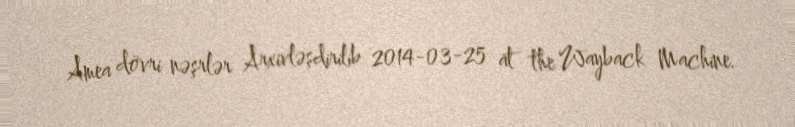
Amea dövri nəşrlər Arxivləşdirilib 2014-03-25 at the Wayback Machine.